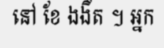
នៅ ខែ ងងឹត ។ អ្នក